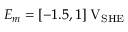
E _ { m } = [ - 1 . 5 , 1 ] \; \mathrm { V } _ { \mathrm { S H E } }